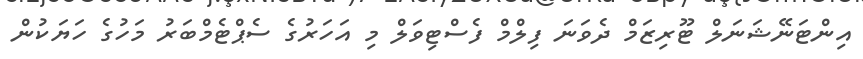
އިންޓަނޭޝަނަލް ޓޫރިޒަމް ދެވަނަ ފިލްމް ފެސްޓިވަލް މި އަހަރުގެ ސެޕްޓެމްބަރު މަހުގެ ހަޔަކުން